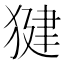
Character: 𭸠